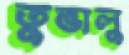
তুভালু